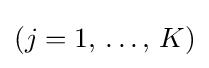
(j=1,\,\ldots ,\,K)